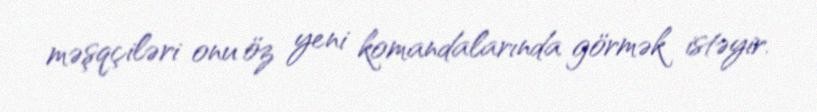
məşqçiləri onu öz yeni komandalarında görmək istəyir.